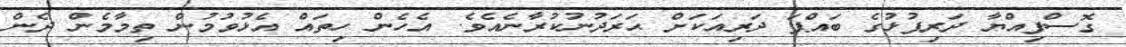
ގޮސްފިއްޔާ ދަރިފުޅުގެ ބައްޕަ ދަރިއަކަށް ޙަރަދުނުކުރާނެއެވެ. އެހެން ހިތައް އެޅުވުމުން ތިމާމެން ދެން